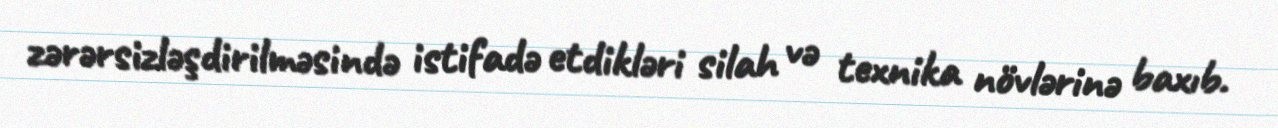
zərərsizləşdirilməsində istifadə etdikləri silah və texnika növlərinə baxıb.